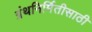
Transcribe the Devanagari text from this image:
ग्रंथनिर्मितीसाठी